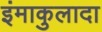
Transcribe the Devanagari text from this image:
इंमाकुलादा